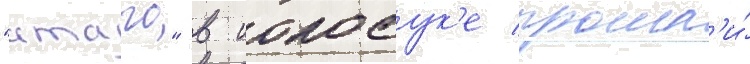
"атаго" в иокосук'е прошл'и́